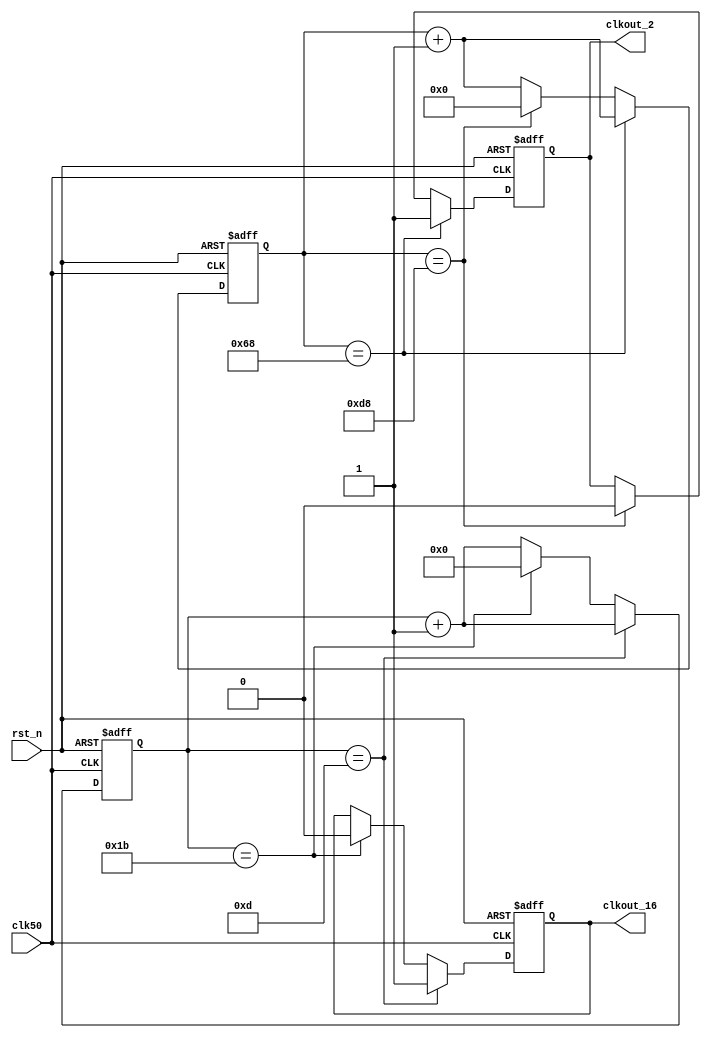
`timescale 1ns / 1ps
//
// Module Name:    clkdiv 
//
module clk_div
#(
	parameter CLK_FRE = 50,      //clock frequency(Mhz)
	parameter BAUD_RATE = 115200 //serial baud rate
)
(
	input clk50,              //
	input rst_n,              //
	output reg clkout_16,            //
	output reg clkout_2            //
);

reg [15:0] cnt;
reg [31:0] nodiv_cnt;
localparam 	CYCLE = CLK_FRE * 1000000 / BAUD_RATE / 16;//16

 
/*, 50Mhz326,9600*/
/*, 50Mhz27,115200*/
always @(posedge clk50 or negedge rst_n)   
begin
  if (!rst_n) begin
     clkout_16 <=1'b0;
	  cnt<=0;
  end	  
  else if(cnt == CYCLE / 2) begin//162,13
    clkout_16 <= 1'b1;
    cnt <= cnt + 16'd1;
  end 
  else if(cnt == CYCLE ) begin//325,27
    clkout_16 <= 1'b0;
    cnt <= 16'd0;
  end
  else begin
    cnt <= cnt + 16'd1;
  end
end
//
always @(posedge clk50 or negedge rst_n)   
begin
  if (!rst_n) begin
     clkout_2 <=1'b0;
	  nodiv_cnt<=0;
  end	  
  else if(nodiv_cnt == CYCLE / 2 * 8) begin//162,13
    clkout_2 <= 1'b1;
    nodiv_cnt <= nodiv_cnt + 16'd1;
  end 
  else if(nodiv_cnt == CYCLE * 8 ) begin//325,27
    clkout_2 <= 1'b0;
    nodiv_cnt <= 16'd0;
  end
  else begin
    nodiv_cnt <= nodiv_cnt + 16'd1;
  end
end

endmodule